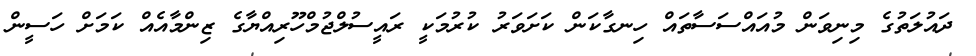
ދައުލަތުގެ މިނިވަން މުއައްސަސާތައް ހިނގާކަން ކަށަވަރު ކުރުމަކީ ރައީސުލްޖުމްހޫރިއްޔާގެ ޒިންމާއެއް ކަމަށް ހަސީން